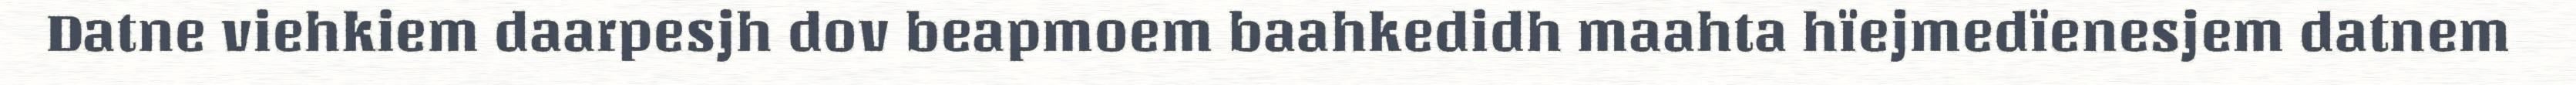
Datne viehkiem daarpesjh dov beapmoem baahkedidh maahta hïejmedïenesjem datnem